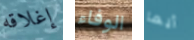
إغلاقه الوفاء أيها